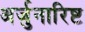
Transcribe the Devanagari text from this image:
अर्जुनारिष्ट